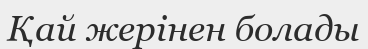
Қай жерінен болады